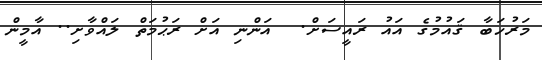
މަރުހަބާ ޤައުމުގެ އައު ރައީސަށް.  އަންނި އަށް ރަޙުމަތް ލައްވާށި.. އާމީން